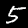
Label: 5